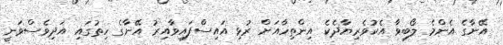
އޭނާގެ އެންމެ ލޯބިވާ އެކުވެރިޔާދެކެ އިންތިހާއަށް ރުޅި އައިސްފައިވާއިރު އޭނާގެ ހިތުގައި އަދިވެސްވަނީ